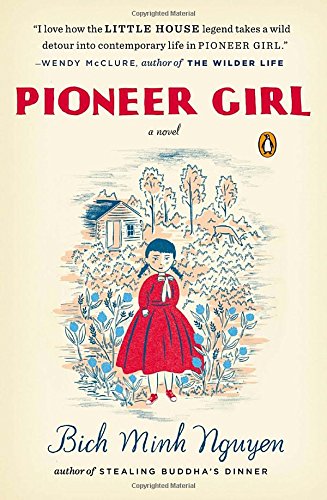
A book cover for Pioneer Girl: A Novel; Bich Minh Nguyen; Literature & Fiction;